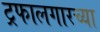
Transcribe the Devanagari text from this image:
ट्रफालगारच्या